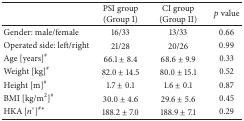
<table><thead><tr><td>[EMPTY_CELL]</td><td><b>PSI group(Group I)</b></td><td><b>CI group(Group II)</b></td><td><b><i>p</i> value</b></td></tr></thead><tbody><tr><td>Gender: male/female</td><td>16/33</td><td>13/33</td><td>0.66</td></tr><tr><td>Operated side: left/right</td><td>21/28</td><td>20/26</td><td>0.99</td></tr><tr><td>Age [years]<sup>#</sup></td><td>66.1 ± 8.4</td><td>68.6 ± 9.9</td><td>0.33</td></tr><tr><td>Weight [kg]<sup>#</sup></td><td>82.0 ± 14.5</td><td>80.0 ± 15.1</td><td>0.52</td></tr><tr><td>Height [m]<sup>#</sup></td><td>1.7 ± 0.1</td><td>1.6 ± 0.1</td><td>0.87</td></tr><tr><td>BMI [kg/m2]<sup>#</sup></td><td>30.0 ± 4.6</td><td>29.6 ± 5.6</td><td>0.45</td></tr><tr><td>HKA [<i>n</i>°]<sup>#<i>∗</i></sup></td><td>188.2 ± 7.0</td><td>188.9 ± 7.1</td><td>0.29</td></tr></tbody></table>